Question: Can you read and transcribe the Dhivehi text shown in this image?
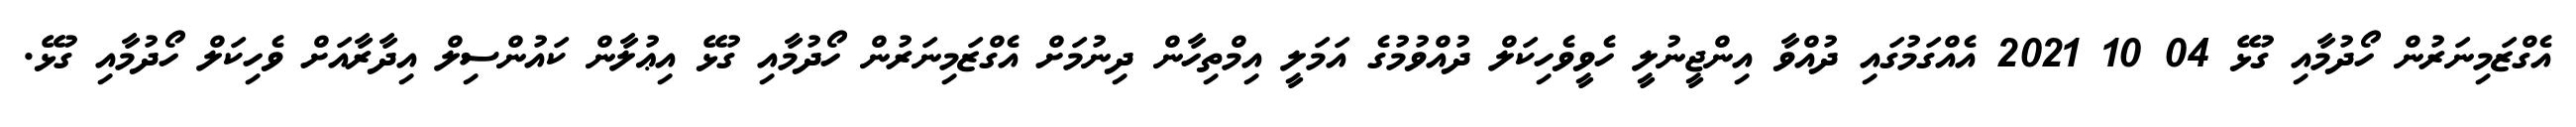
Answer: އެގްޒަމިނަރުން ހޯދުމާއި ގުޅޭ 04 10 2021 އެއްގަމުގައި ދުއްވާ އިންޖީނުލީ ހެވީވެހިކަލް ދުއްވުމުގެ އަމަލީ އިމްތިހާން ދިނުމަށް އެގްޒަމިނަރުން ހޯދުމާއި ގުޅޭ އިޢުލާން ކައުންސިލް އިދާރާއަށް ވެހިކަލް ހޯދުމާއި ގުޅޭ.